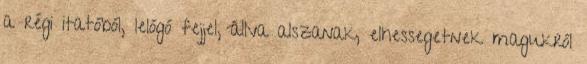
a régi itatóból, lelógó fejjel, állva alszanak, elhessegetnek magukról